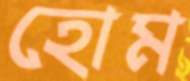
হোম